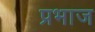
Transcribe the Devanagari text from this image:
प्रभाज